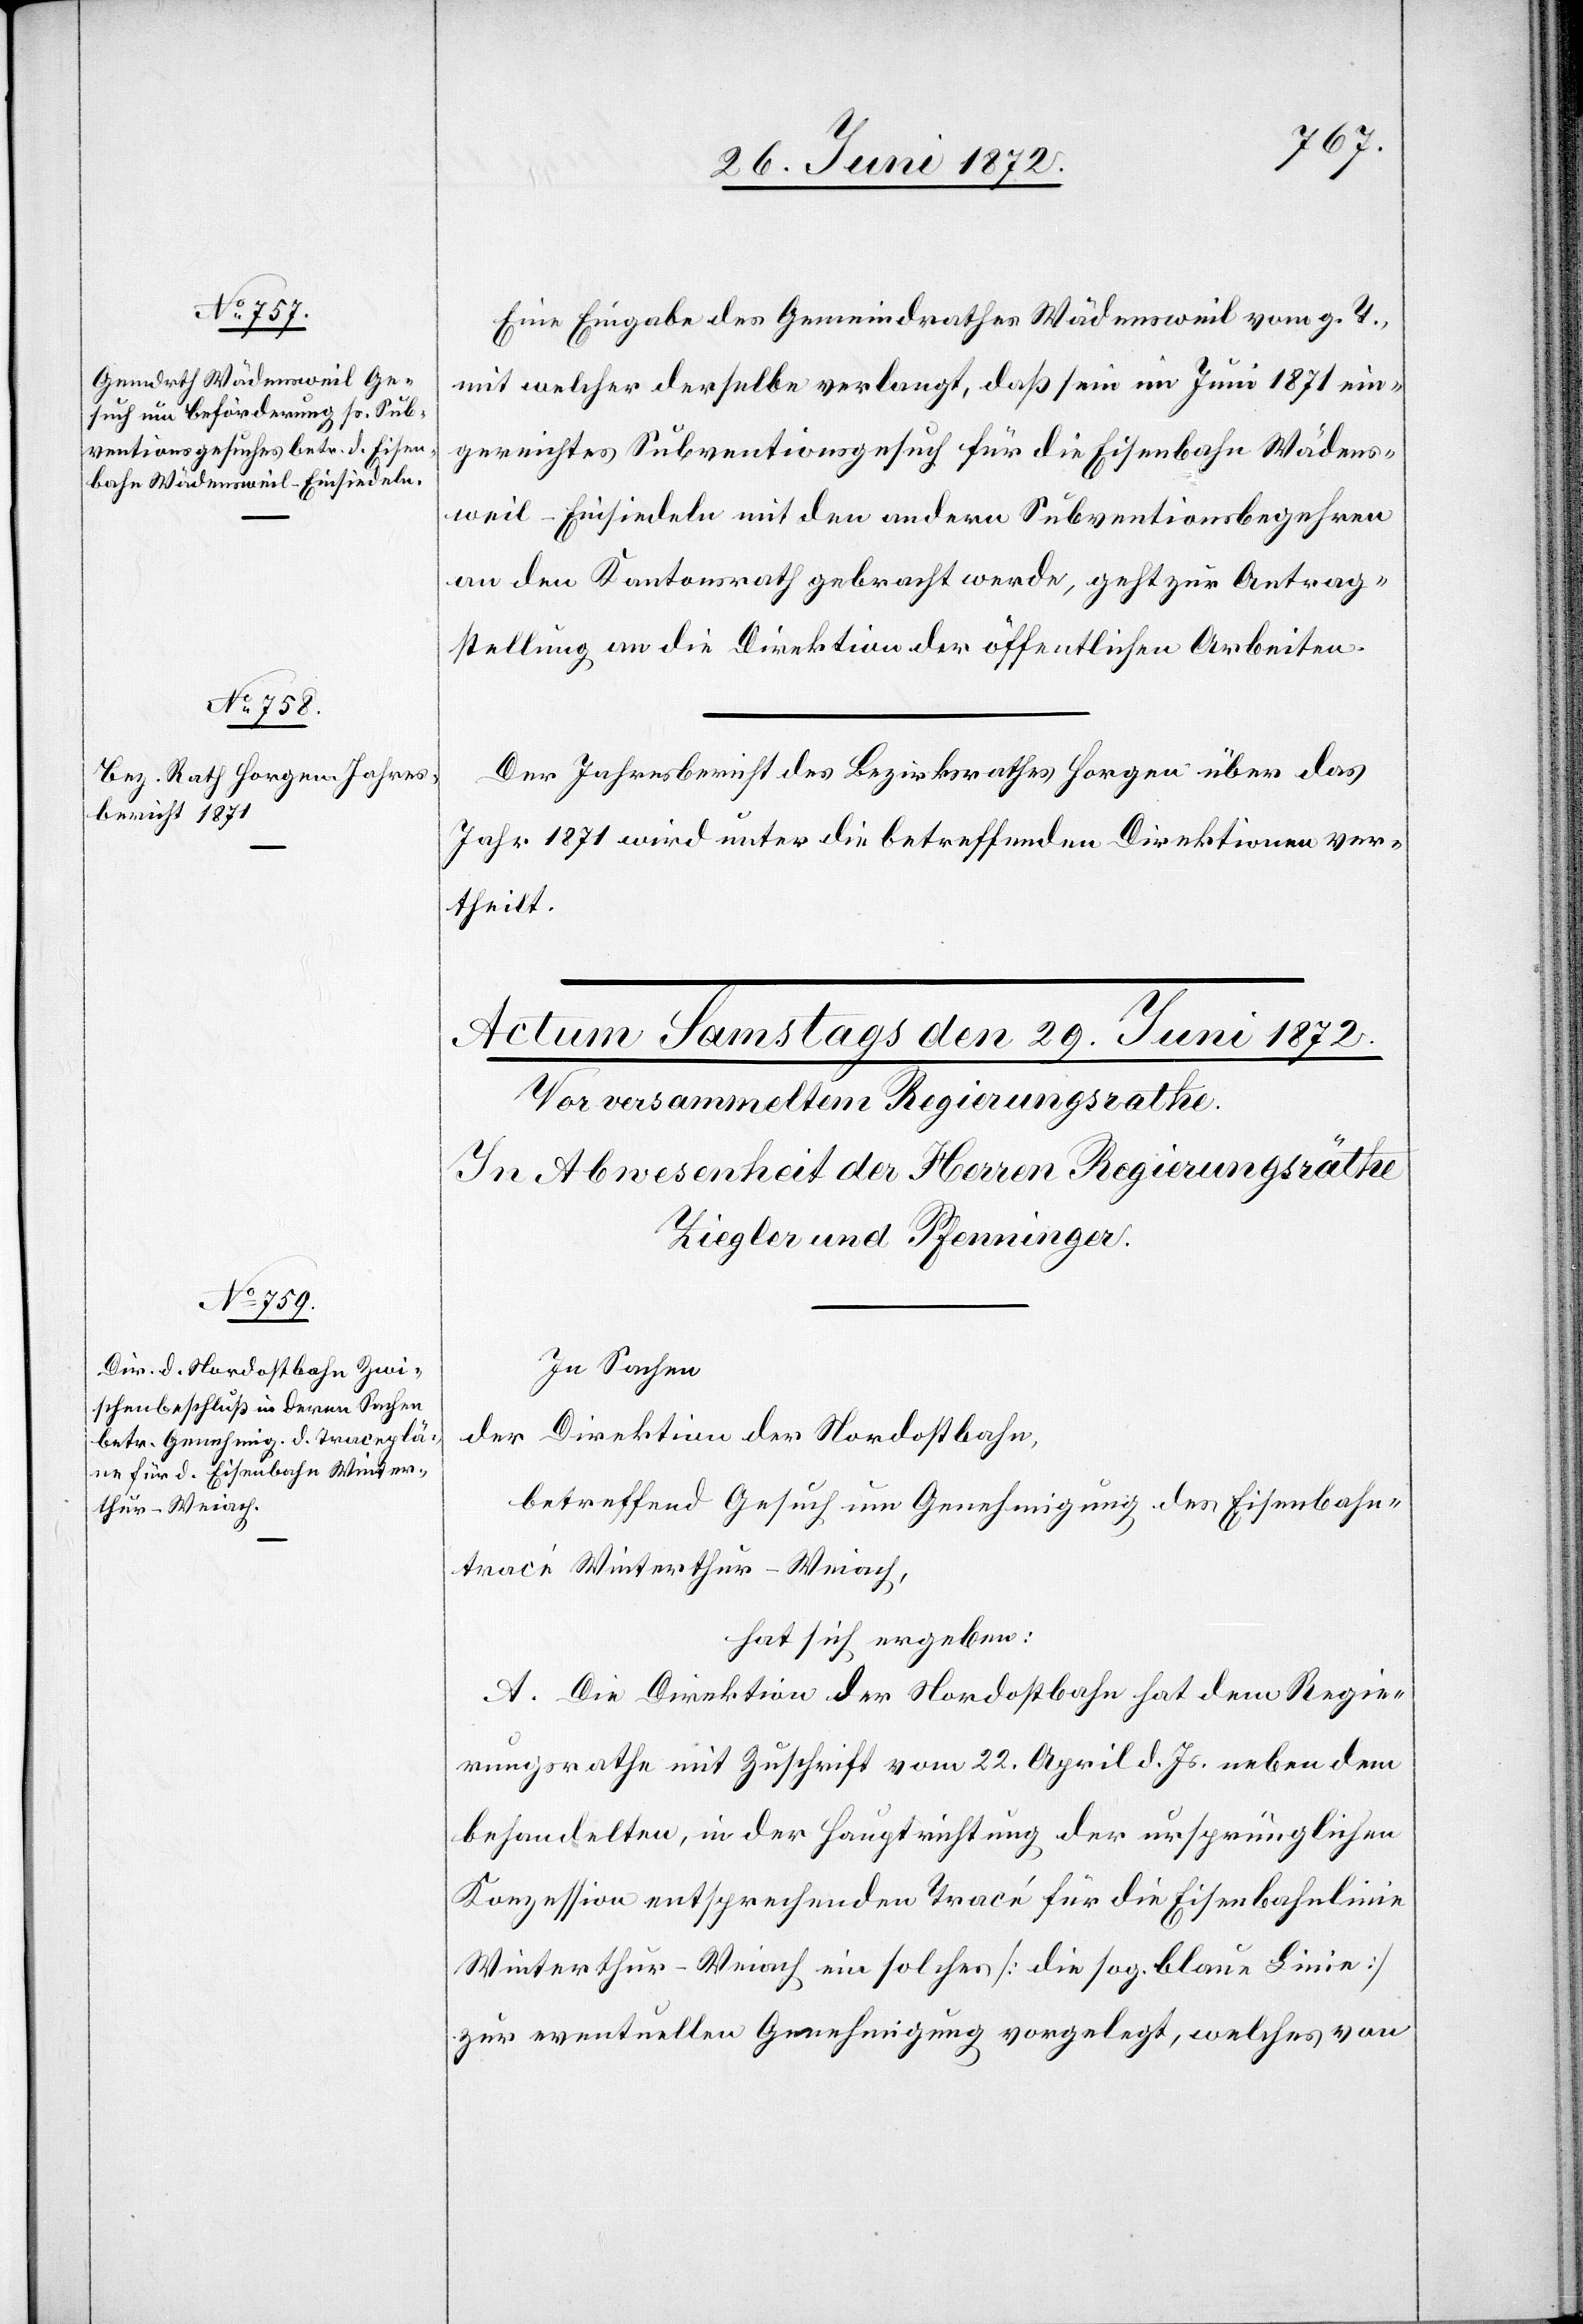
28. Juni 1872.]
Eine Eingabe des Gemeindrathes Wädensweil vom g. T.
mit welcher derselbe verlangt, daß sein im Juni 1871 ein¬
gereichtes Subventionsgesuch für die Eisenbahn Wädens¬
weil–Einsiedeln mit den andern Subventionsbegehren
an den Kantonsrath gebracht werde, geht zur Antrag¬
stellung an die Direktion der öffentlichen Arbeiten.
Der Jahresbericht des Bezirksrathes Horgen über das
Jahr 1871 wird unter die betreffenden Direktionen ver¬
theilt.
In Sachen
der Direktion der Nordostbahn,
betreffend Gesuch um Genehmigung des Eisenbahn¬
tracé Winterthur–Weiach,
hat sich ergeben:
A. Die Direktion der Nordostbahn hat dem Regie¬
rungsrathe mit Zuschrift vom 22. April d. Js. neben dem
behandelten, in der Hauptrichtung der ursprünglichen
Konzession entsprechenden Tracé für die Eisenbahnlinie
Winterthur–Weiach ein solches [die sog. blaue Linie]
zur eventuellen Genehmigung vorgelegt, welches von